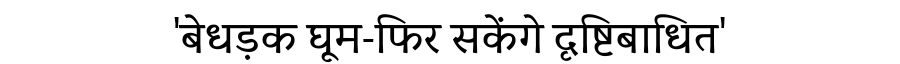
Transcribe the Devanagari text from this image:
'बेधड़क घूम-फिर सकेंगे दृष्टिबाधित'